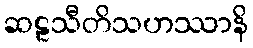
ဆဠသီတိသဟဿာနိ